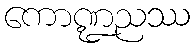
ကောဏ္ဍညဿ